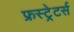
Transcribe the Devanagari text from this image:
फ्रस्ट्रेटर्स